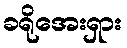
ခရိုအေးရှား